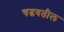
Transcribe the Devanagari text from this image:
चढवतील